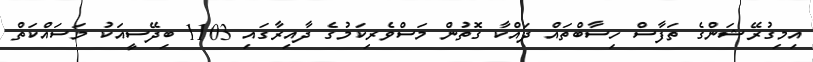
އިމިގުރޭޝަންގެ ތަފާސް ހިސާބްތައް ދައްކާ ގޮތުން މަސްވެރިކަމުގެ ދާއިރާގައި 1103 ބިދޭސީއަކު މަސައްކަތް